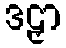
ဒဠှာ